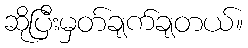
ဆိုပြီးမှတ်ချက်ချတယ်။